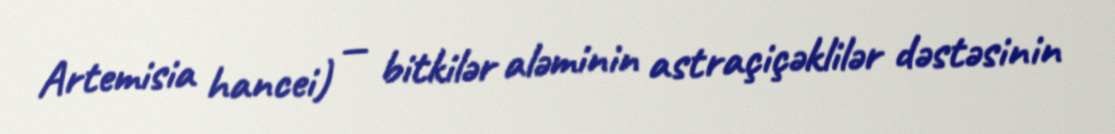
Artemisia hancei) — bitkilər aləminin astraçiçəklilər dəstəsinin